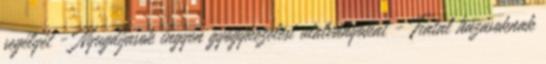
segélyét - Nyugdíjasok ingyen gyógykezelési utalványokat - Fiatal házasoknak